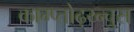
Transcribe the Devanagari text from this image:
काम्प्तोढ़य्न्चुस